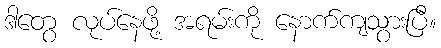
ဒါတွေ လုပ်နေဖို့ အရမ်းကို နောက်ကျသွားပြီ။